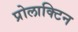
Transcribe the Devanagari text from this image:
प्रोलाक्टिन